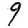
Digit: 9